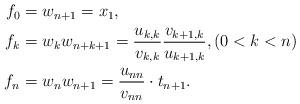
LaTeX: \begin{align*}\begin{aligned}f_0 &= w_{n+1} = x_1,\\f_k &= w_{k}w_{n+k+1} = \frac{u_{k,k}}{v_{k,k}}\frac{v_{k+1,k}}{u_{k+1,k}},(0<k<n)\\f_n&=w_nw_{n+1} = \frac{u_{nn}}{v_{nn}}\cdot t_{n+1}.\end{aligned}\end{align*}